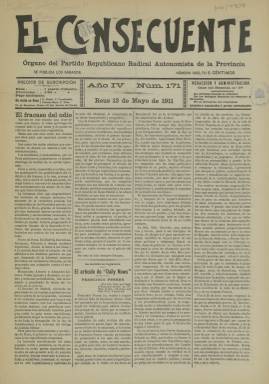
Título: El Consecuente (Reus)
Colección: Periódicos
Ámbito geográfico: Tarragona
Lugar de publicación: Reus [Tarragona]
Fechas: 13/05/1911-13/05/1911